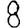
Digit: 8